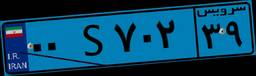
۷۹S۶۷۳۳۰